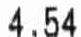
4.54